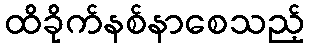
ထိခိုက်နစ်နာစေသည့်